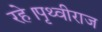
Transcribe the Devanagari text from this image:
रहे।पृथ्वीराज